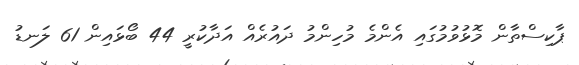
ޕާކިސްތާން މޮޅުވުމުގައި އެންމެ މުހިންމު ދައުރެއް އަދާކުރީ 44 ބޯޅައިން 61 ލަނޑު